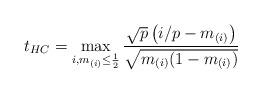
LaTeX: \begin{align*}t_{HC}=\max_{i,m_{(i)}\leq \frac{1}{2}}\frac{\sqrt{p}\left(i/p-m_{(i)} \right)}{\sqrt{m_{(i)}(1-m_{(i)})}}\end{align*}